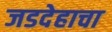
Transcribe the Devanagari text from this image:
जडदेहाचा